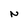
Character: N